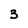
Character: 3